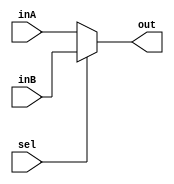
`timescale 1ns / 1ps
//////////////////////////////////////////////////////////////////////////////////
// Engineers: Sebastian Thiem, Brian Winkler
// % effort: Sebastian Thiem(50%), Brian Winkler(50%)
// 
// Module Name:    Mux25Bit2To1
// Project Name:   MIPS 32-bit Processor
//
// Description:    A 25-bit 2 to 1 multiplexer 
//
//////////////////////////////////////////////////////////////////////////////////
module Mux25Bit2To1(inA, inB, sel,
                                   out);
    (*keep = "true"*)
    
    input [24:0] inA;
    input [24:0] inB;
    input sel;
    
    output reg [24:0] out;
    
    always@* begin
        if(sel) begin
            out <= inB;
        end
        else begin
            out <= inA;
        end
    end
    
endmodule